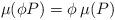
LaTeX: \begin{align*}\mu (\phi P) = \phi \, \mu (P)\end{align*}